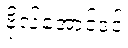
ဗိုလ်အောင်ဒင်